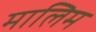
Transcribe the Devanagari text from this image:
मालिम